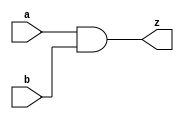
//#############################################################################
//# Function: 2-Input And Gate                                                #
//# Copyright: OH Project Authors. All rights Reserved.                       #
//# License:  MIT (see LICENSE file in OH repository)                         #
//#############################################################################

module asic_and2 #(parameter PROP = "DEFAULT")  (
   input  a,
   input  b,
   output z
   );

   assign z = a & b;

endmodule